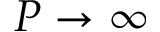
P \rightarrow \infty